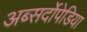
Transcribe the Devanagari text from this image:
अब्सर्दोपेडिया